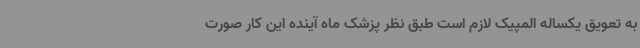
به تعویق یکساله المپیک لازم است طبق نظر پزشک ماه آینده این کار صورت